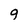
Character: g